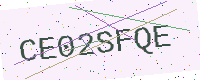
Text: CE02SFQE